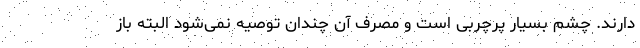
دارند. چشم بسیار پرچربی است و مصرف آن چندان توصیه نمی‌شود البته باز